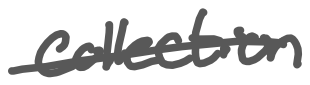
Text: collection
Cross-out: single-line
Writing tool: digital_gray